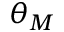
\theta _ { M }